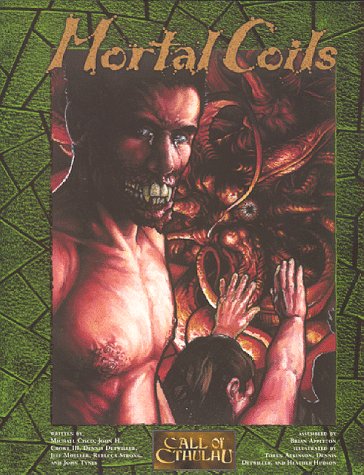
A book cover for Mortal Coils (Call of Cthulhu); Dennis Detwiller; Science Fiction & Fantasy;